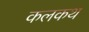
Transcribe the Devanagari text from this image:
कलकथ